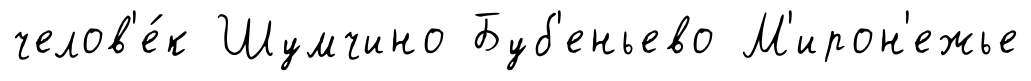
челов'е́к Шумчино Буб'еньево М'ирон'ежье